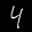
Label: 4